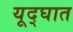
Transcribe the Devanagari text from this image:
यूद्घात